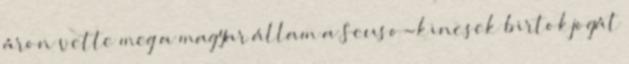
áron vette meg a magyar állam a Seuso-kincsek birtokjogát